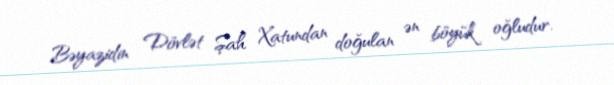
Bəyazidin Dövlət Şah Xatundan doğulan ən böyük oğludur.